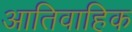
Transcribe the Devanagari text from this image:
आतिवाहिक